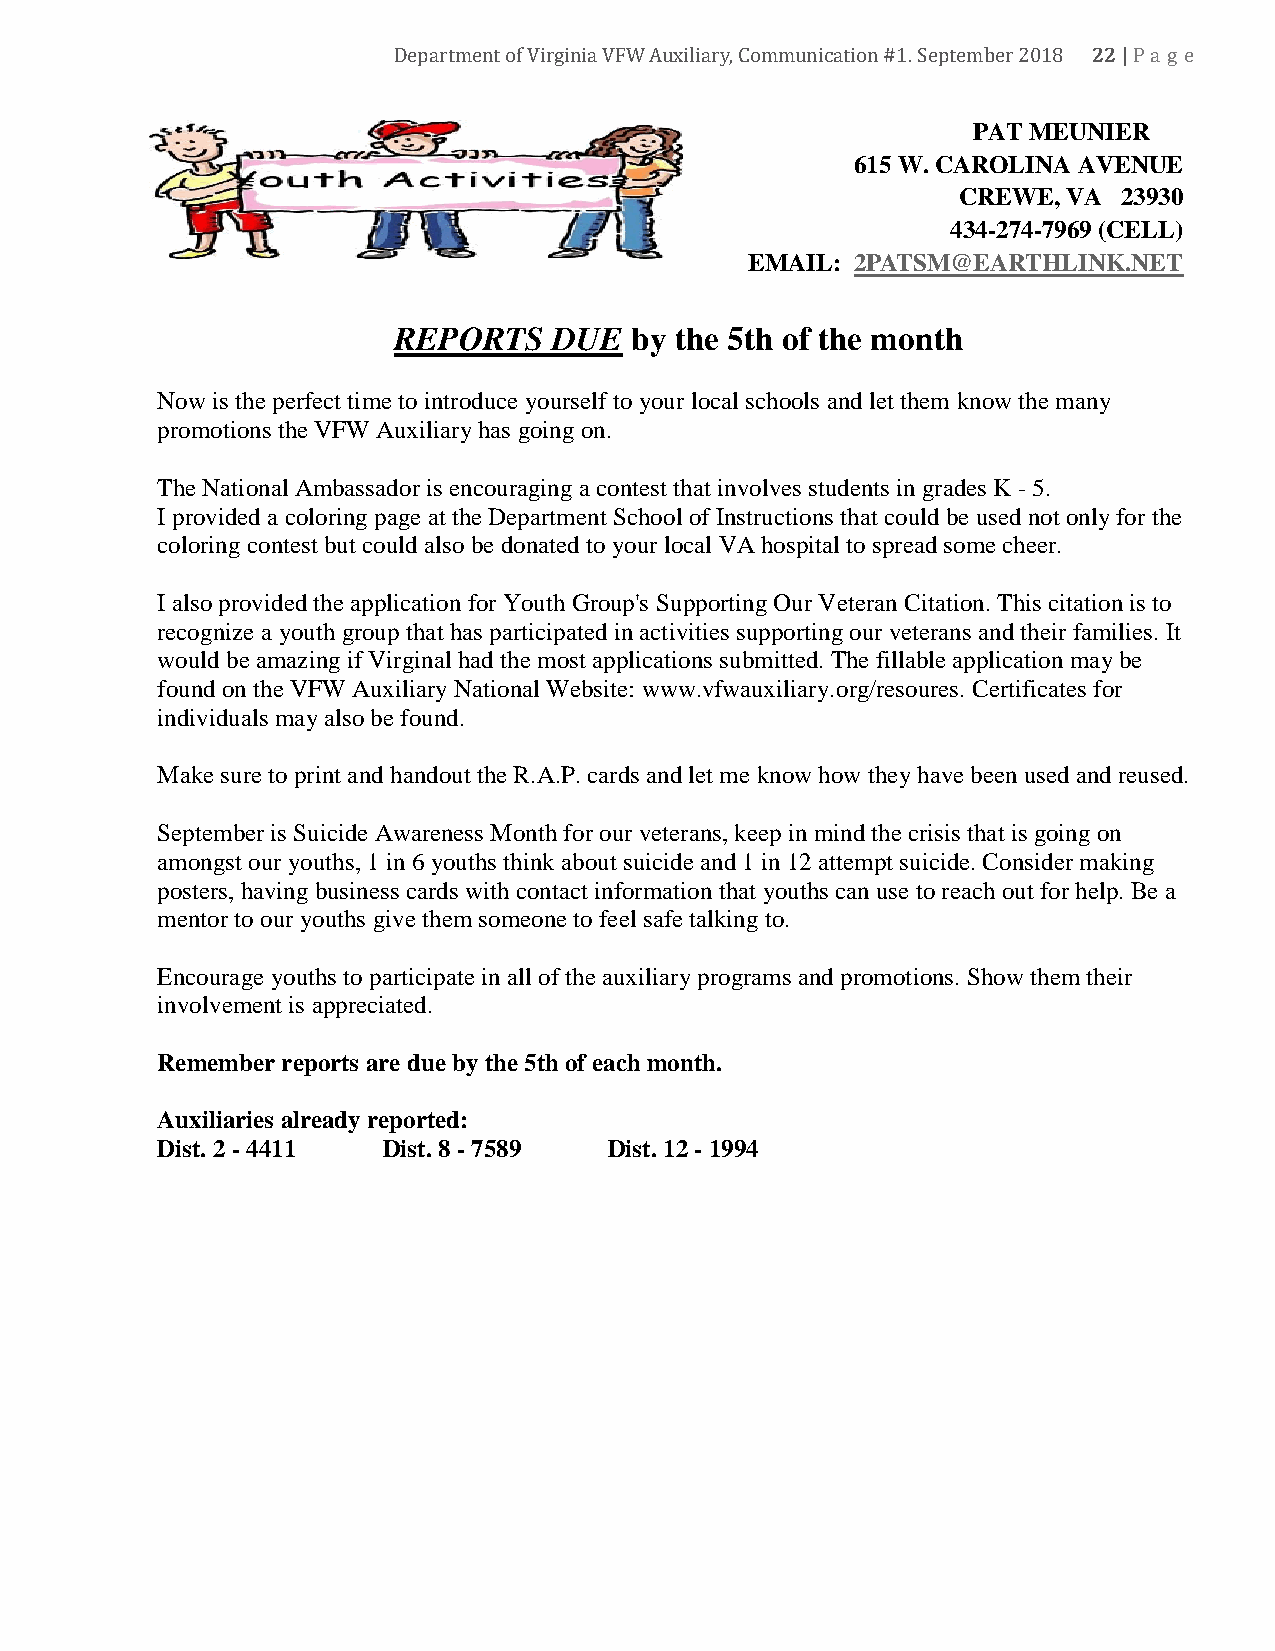
22
 Department of Virginia VFW Auxiliary, Communication #1. September 2018 |Pa ge
 PAT MEUNIER
 615 W. CAROLINA AVENUE
 CREWE,  VA 23930
 434-274-7969 (CELL)
 EMAIL: 2PATSM@EARTHLINK.NET
 REPORTS    DUE  by the 5th of the month
 Now is the perfect time to introduce yourself to your local schools and let them know the many
 promotions the VFW Auxiliary has going on.
 The National Ambassador is encouraging a contest that involves students in grades K - 5.
 I provided a coloring page at the Department School of Instructions that could be used not only for the
 coloring contest but could also be donated to your local VA hospital to spread some cheer.
 I also provided the application for Youth Group's Supporting Our Veteran Citation. This citation is to
 recognize a youth group that has participated in activities supporting our veterans and their families. It
 would be amazing if Virginal had the most applications submitted. The fillable application may be
 found on the VFW Auxiliary National Website: www.vfwauxiliary.org/resoures. Certificates for
 individuals may also be found.
 Make sure to print and handout the R.A.P. cards and let me know how they have been used and reused.
 September is Suicide Awareness Month for our veterans, keep in mind the crisis that is going on
 amongst our youths, 1 in 6 youths think about suicide and 1 in 12 attempt suicide. Consider making
 posters, having business cards with contact information that youths can use to reach out for help. Be a
 mentor to our youths give them someone to feel safe talking to.
 Encourage youths to participate in all of the auxiliary programs and promotions. Show them their
 involvement is appreciated.
 Remember reports are due by the 5th of each month.
 Auxiliaries already reported:
 Dist. 2 - 4411 Dist. 8 - 7589 Dist. 12 - 1994